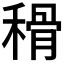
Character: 𥠳